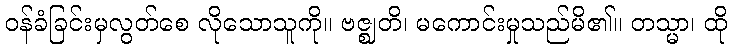
ဝန်ခံခြင်းမှလွတ်စေ လိုသောသူကို။ ဗဇ္ဈတိ၊ မကောင်းမှုသည်မိ၏။ တသ္မာ၊ ထို